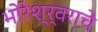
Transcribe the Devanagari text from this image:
भोरेश्र्वराचे